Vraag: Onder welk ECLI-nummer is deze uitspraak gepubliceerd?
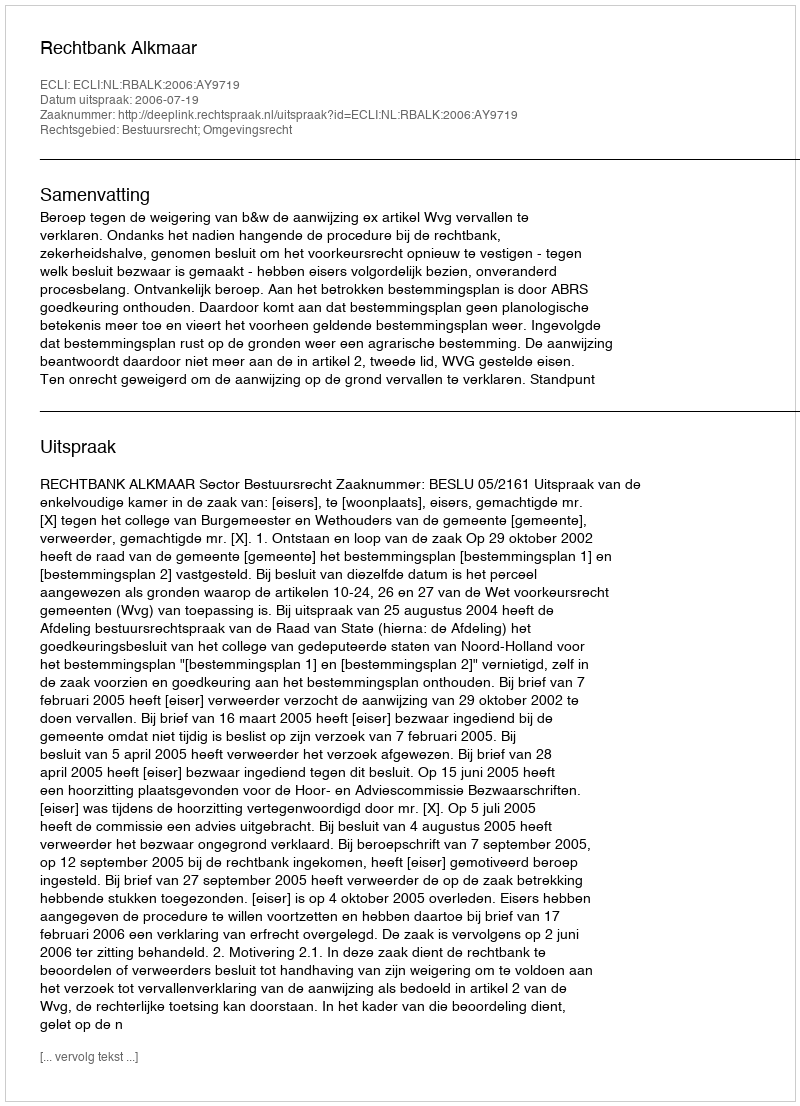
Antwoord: ECLI:NL:RBALK:2006:AY9719